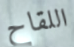
اللقاح